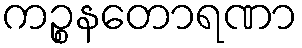
ကဉ္စနတောရဏာ